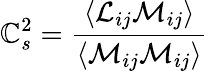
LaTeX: \mathbb{C}_{s}^{2}={\frac{{\left\langle{\mathcal{{L}}}_{ij}{\mathcal{{M}}}_{ij}\right\rangle}}{{\left\langle{\mathcal{{M}}}_{ij}{\mathcal{{M}}}_{ij}\right\rangle}}}